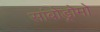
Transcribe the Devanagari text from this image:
सांबोड्रोमो